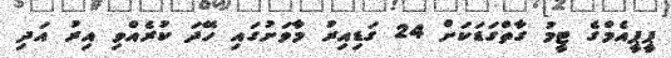
ޕީޕީއެމްގެ ޓީމު ގާތްގަޑަކަށް 24 ގަަޑިއިރު މާވަށުގައި ހޭދަ ކުރެއްވި އިރު އަދި